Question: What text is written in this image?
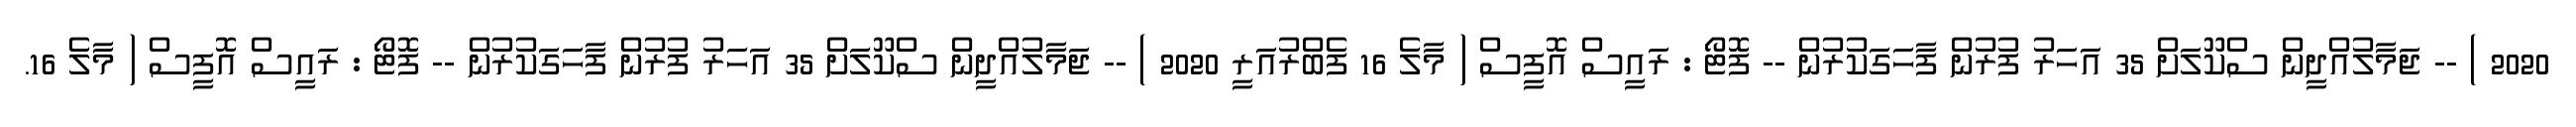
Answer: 2020 ) -- ޖަމާލުއްދީން ސްކޫލަށް 35 އަހަރު ފުރުން ފާހަގަކުރުން -- ފޮޓޯ : ރައީސް އޮފީސް ( މާލެ 16 ފެބްރުއަރީ 2020 ) -- ޖަމާލުއްދީން ސްކޫލަށް 35 އަހަރު ފުރުން ފާހަގަކުރުން -- ފޮޓޯ : ރައީސް އޮފީސް ( މާލެ 16.